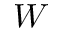
W